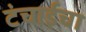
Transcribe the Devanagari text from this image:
टंचाईचा